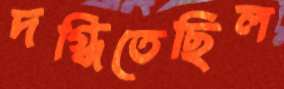
দগ্ধিতেছিল